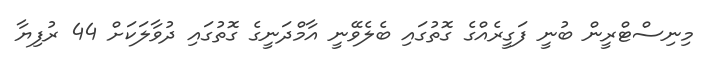
މިނިސްޓްރީން ބުނީ ފަގީރެއްގެ ގޮތުގައި ބެލެވޭނީ އާމްދަނީގެ ގޮތުގައި ދުވާލަކަށް 44 ރުފިޔާ